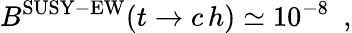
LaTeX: B^{\mathrm{SUSY-EW}}({t\rightarrow c\, h})\simeq 10^{-8}\, \, \, ,